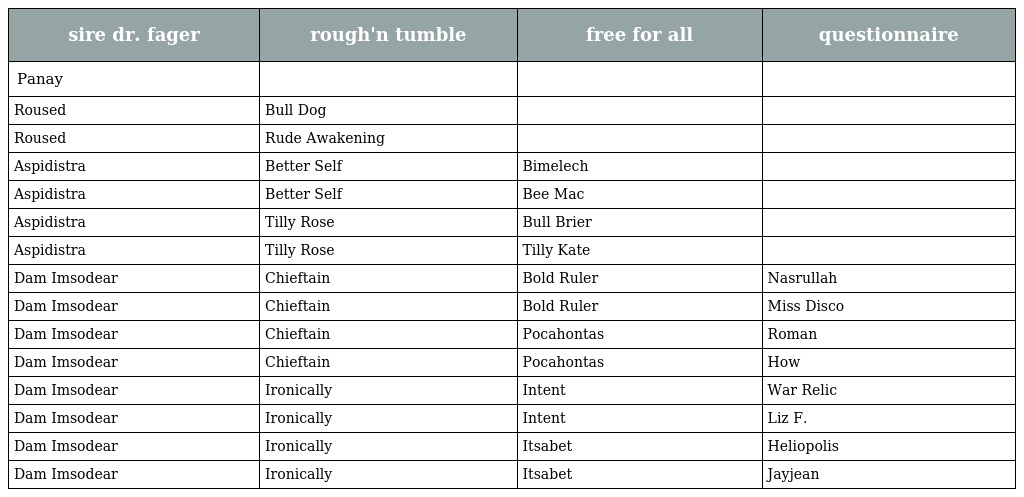
| sire dr. fager | rough'n tumble | free for all | questionnaire |
 | --- | --- | --- | --- |
 | Panay |  |  |  |
 | Roused | Bull Dog |  |  |
 | Roused | Rude Awakening |  |  |
 | Aspidistra | Better Self | Bimelech |  |
 | Aspidistra | Better Self | Bee Mac |  |
 | Aspidistra | Tilly Rose | Bull Brier |  |
 | Aspidistra | Tilly Rose | Tilly Kate |  |
 | Dam Imsodear | Chieftain | Bold Ruler | Nasrullah |
 | Dam Imsodear | Chieftain | Bold Ruler | Miss Disco |
 | Dam Imsodear | Chieftain | Pocahontas | Roman |
 | Dam Imsodear | Chieftain | Pocahontas | How |
 | Dam Imsodear | Ironically | Intent | War Relic |
 | Dam Imsodear | Ironically | Intent | Liz F. |
 | Dam Imsodear | Ironically | Itsabet | Heliopolis |
 | Dam Imsodear | Ironically | Itsabet | Jayjean |